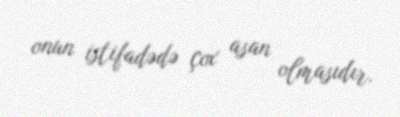
onun istifadədə çox asan olmasıdır.